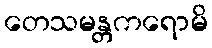
တေသမန္တကရောမိ